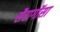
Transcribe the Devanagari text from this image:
सैरागॉसा